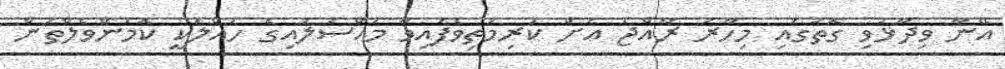
އޭނާ ވިދާޅުވި ގޮތުގައި މިހާރު ރާއްޖެ އަށް ކުރިމަތިވެފައިވާ މައްސަލައިގެ ހައްލަކީ ކޮމަންވެލްތުން